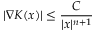
| \nabla K ( x ) | \leq { \frac { C } { | x | ^ { n + 1 } } }